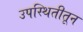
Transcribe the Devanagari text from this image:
उपस्थितीतून